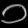
Digit: ၁